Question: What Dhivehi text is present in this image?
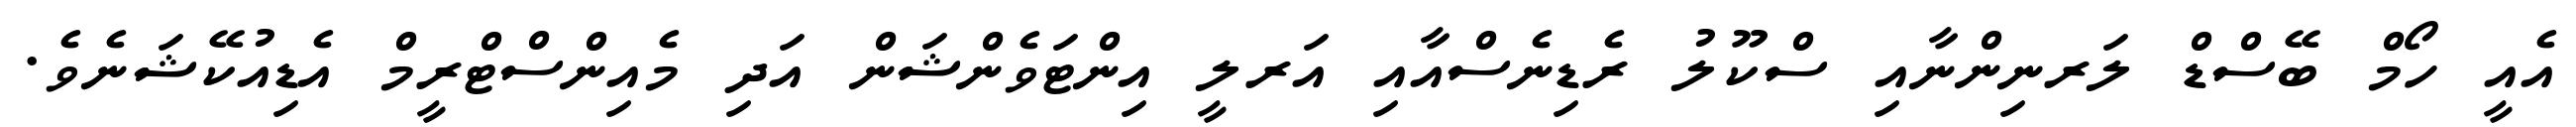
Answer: އެއީ ހޯމް ބޭސްޑް ލަރނިންނާއި ސްކޫލު ރެޑިނެސްއާއި އަރލީ އިންޓަވެންޝަން އަދި މެއިންސްޓްރީމް އެޑިއުކޭޝަނެވެ.